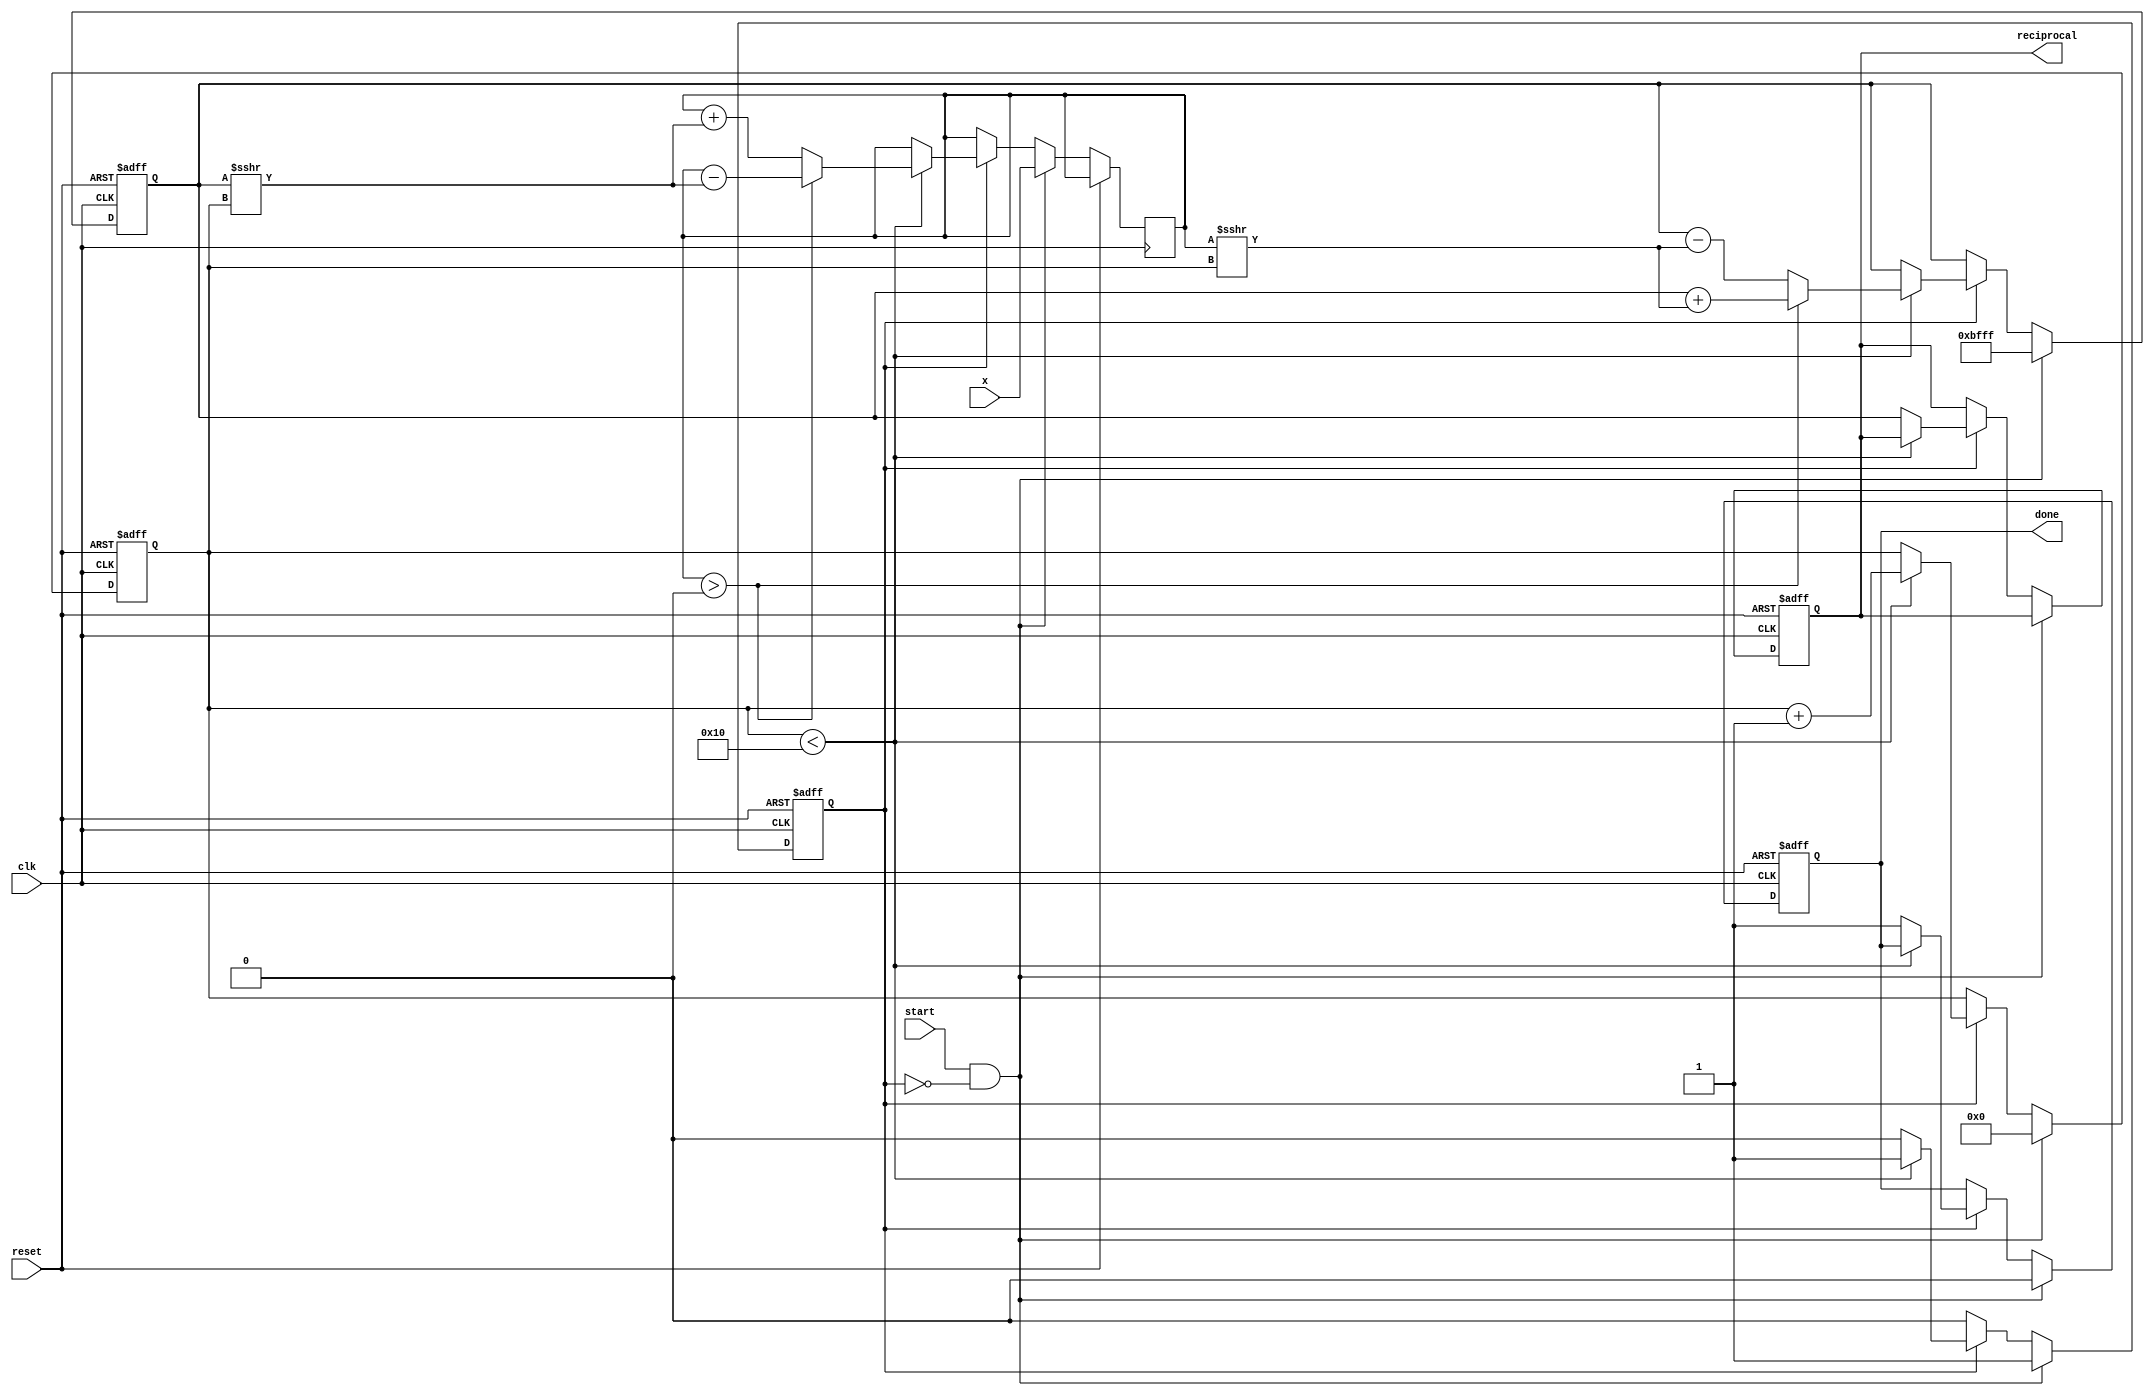
module cordic_reciprocal (
    input wire [15:0] x,       // Input value (fixed-point representation)
    input wire clk,            // Clock signal
    input wire reset,          // Asynchronous reset
    input wire start,          // Start signal
    output reg [15:0] reciprocal, // Computed reciprocal (fixed-point)
    output reg done            // Done signal
);

    // Parameters
    parameter NUM_ITERATIONS = 16; // Number of CORDIC iterations
    parameter ANGLE_WIDTH = 16;     // Width for angle representation
    parameter FIXED_POINT_WIDTH = 16; // Width for fixed-point representation

    // Internal signals
    reg [FIXED_POINT_WIDTH-1:0] z; // Current approximation
    reg [ANGLE_WIDTH-1:0] angle;    // Current angle
    reg [3:0] iteration;             // Iteration counter
    reg [FIXED_POINT_WIDTH-1:0] K;   // Scaling factor
    reg [FIXED_POINT_WIDTH-1:0] x_reg; // Register for input value
    reg busy;                        // Busy flag for FSM

    // CORDIC rotation angles (in fixed-point format)
    reg [ANGLE_WIDTH-1:0] atan_table [0:NUM_ITERATIONS-1];

    initial begin
        // Initialize arctangent values for CORDIC
        atan_table[0] = 16'h2000; // atan(2^0)
        atan_table[1] = 16'h1000; // atan(2^-1)
        atan_table[2] = 16'h0800; // atan(2^-2)
        atan_table[3] = 16'h0400; // atan(2^-3)
        atan_table[4] = 16'h0200; // atan(2^-4)
        atan_table[5] = 16'h0100; // atan(2^-5)
        atan_table[6] = 16'h0080; // atan(2^-6)
        atan_table[7] = 16'h0040; // atan(2^-7)
        atan_table[8] = 16'h0020; // atan(2^-8)
        atan_table[9] = 16'h0010; // atan(2^-9)
        atan_table[10] = 16'h0008; // atan(2^-10)
        atan_table[11] = 16'h0004; // atan(2^-11)
        atan_table[12] = 16'h0002; // atan(2^-12)
        atan_table[13] = 16'h0001; // atan(2^-13)
        atan_table[14] = 16'h0001; // atan(2^-14)
        atan_table[15] = 16'h0000; // atan(2^-15)
    end

    // Scaling factor for CORDIC
    initial begin
        K = 16'hBFFF; // Approximate value of 1/sqrt(2)
    end

    // State machine for CORDIC computation
    always @(posedge clk or posedge reset) begin
        if (reset) begin
            iteration <= 0;
            z <= 0;
            reciprocal <= 0;
            done <= 0;
            busy <= 0;
        end else if (start && !busy) begin
            // Start the computation
            busy <= 1;
            x_reg <= x; // Store input value
            z <= K;     // Initialize z with scaling factor
            iteration <= 0;
            done <= 0;
        end else if (busy) begin
            if (iteration < NUM_ITERATIONS) begin
                // CORDIC rotation
                if (x_reg > 0) begin
                    z <= z + (x_reg >>> iteration);
                    x_reg <= x_reg - (z >>> iteration);
                end else begin
                    z <= z - (x_reg >>> iteration);
                    x_reg <= x_reg + (z >>> iteration);
                end
                iteration <= iteration + 1;
            end else begin
                // Finished all iterations
                reciprocal <= z; // Store final result
                done <= 1;       // Signal completion
                busy <= 0;       // Clear busy flag
            end
        end
    end

endmodule